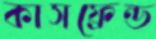
কাসফ্রেন্ড